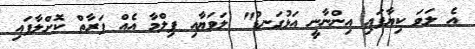
އެ ލަވަ ކިޔާފައި އިންނާނީ އަޅުގަނޑު" ލަވަޔާއި ފިލްމާ އެއް ފަރާތް ކޮށްލާފައި